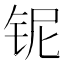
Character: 铌